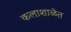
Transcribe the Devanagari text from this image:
कलाशाळेत